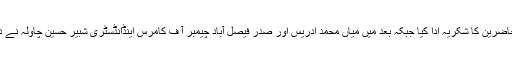
آخر میں سنیئر نائب صدر شیخ فاروق یوسف نے میاں محمد ادریس ان اداروں کے منتظمین اور دیگر حاضرین کا شکریہ ادا کیا جبکہ بعد میں میاں محمد ادریس اور صدر فیصل آباد چیمبر آ ف کامرس اینڈانڈسٹری شبیر حسین چاولہ نے دیگر ممبران کے ہمراہ سوزوکی ویگن کی چابیاں اور کاغذات متعلقہ اداروں کے منتظمین کو پیش کیں۔